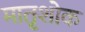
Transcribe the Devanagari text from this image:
मातृशोक